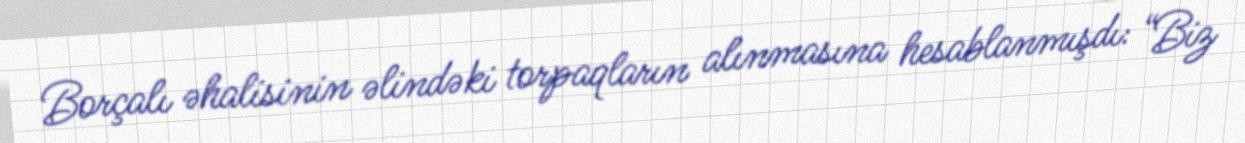
Borçalı əhalisinin əlindəki torpaqların alınmasına hesablanmışdı: “Biz